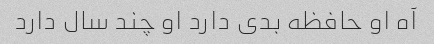
آه او حافظه بدی دارد او چند سال دارد